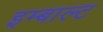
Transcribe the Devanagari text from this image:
इम्बाल्ट